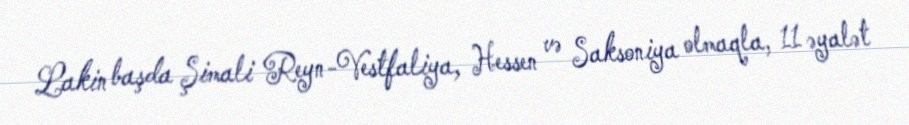
Lakin başda Şimali Reyn-Vestfaliya, Hessen və Saksoniya olmaqla, 11 əyalət